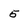
Character: 5